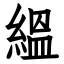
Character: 縕